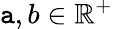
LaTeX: \mathtt{a},b\in\mathbb{{R}}^{+}